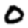
Digit: 0